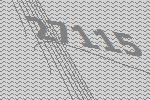
27115